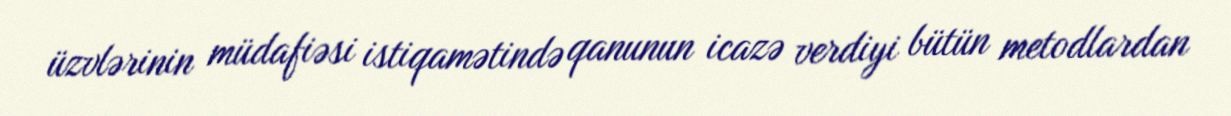
üzvlərinin müdafiəsi istiqamətində qanunun icazə verdiyi bütün metodlardan